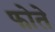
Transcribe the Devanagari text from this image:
फोते